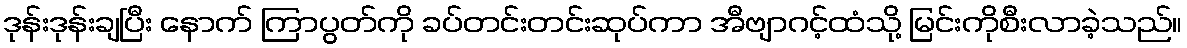
ဒုန်းဒုန်းချပြီး နောက် ကြာပွတ်ကို ခပ်တင်းတင်းဆုပ်ကာ အီဗျာဂင့်ထံသို့ မြင်းကိုစီးလာခဲ့သည်။